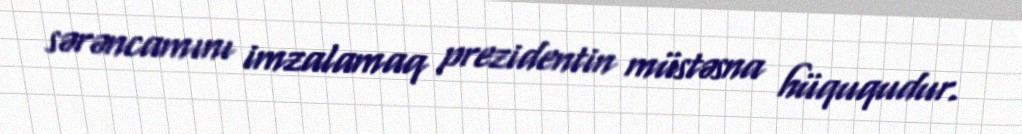
sərəncamını imzalamaq prezidentin müstəsna hüququdur.